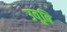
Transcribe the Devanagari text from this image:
उवूबि